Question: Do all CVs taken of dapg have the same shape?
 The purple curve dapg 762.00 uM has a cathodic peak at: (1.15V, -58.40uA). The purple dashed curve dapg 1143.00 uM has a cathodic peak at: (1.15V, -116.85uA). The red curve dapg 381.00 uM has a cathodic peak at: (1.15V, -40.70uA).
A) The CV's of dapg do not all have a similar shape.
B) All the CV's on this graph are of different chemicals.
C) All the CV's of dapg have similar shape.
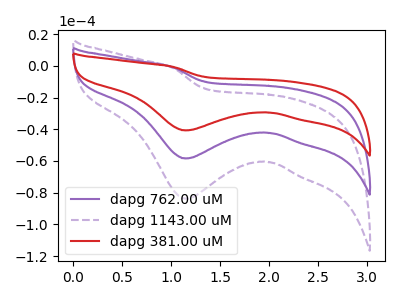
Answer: <think>All the peaks in "dapg 762.00 uM" have a peak in "dapg 1143.00 uM" at the same potential. Every peak in "dapg 762.00 uM" is lower than every peak in "dapg 1143.00 uM". All the peaks in "dapg 762.00 uM" have a peak in "dapg 381.00 uM" at the same potential. Every peak in "dapg 762.00 uM" is higher than every peak in "dapg 381.00 uM". All the peaks in "dapg 1143.00 uM" have a peak in "dapg 381.00 uM" at the same potential. Every peak in "dapg 1143.00 uM" is higher than every peak in "dapg 381.00 uM".
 </think>
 <answer>C) All the CV's of "dapg" have similar shape.</answer>
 <eval>C</eval>